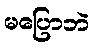
မပြောဘဲ